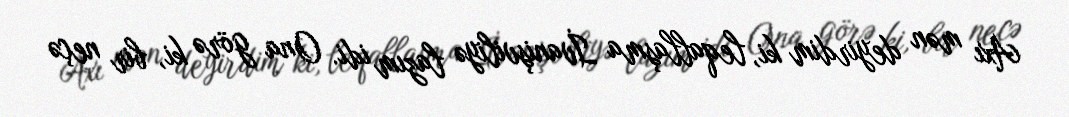
Axı mən deyirdim ki, leqallaşma İvanişviliyə lazım idi. Ona görə ki, bir neçə